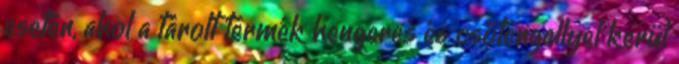
esetén, ahol a tárolt termék hengeres és csőtengellyel kerül